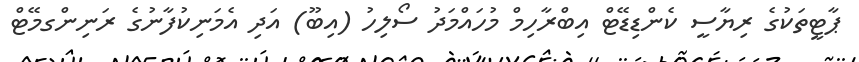
ޕާޓީތަކުގެ ރިޔާސީ ކެންޑިޑޭޓް އިބްރާހިމް މުހައްމަދު ސޯލިހު (އިބޫ) އަދި އެމަނިކުފާނުގެ ރަނިންގމޭޓް